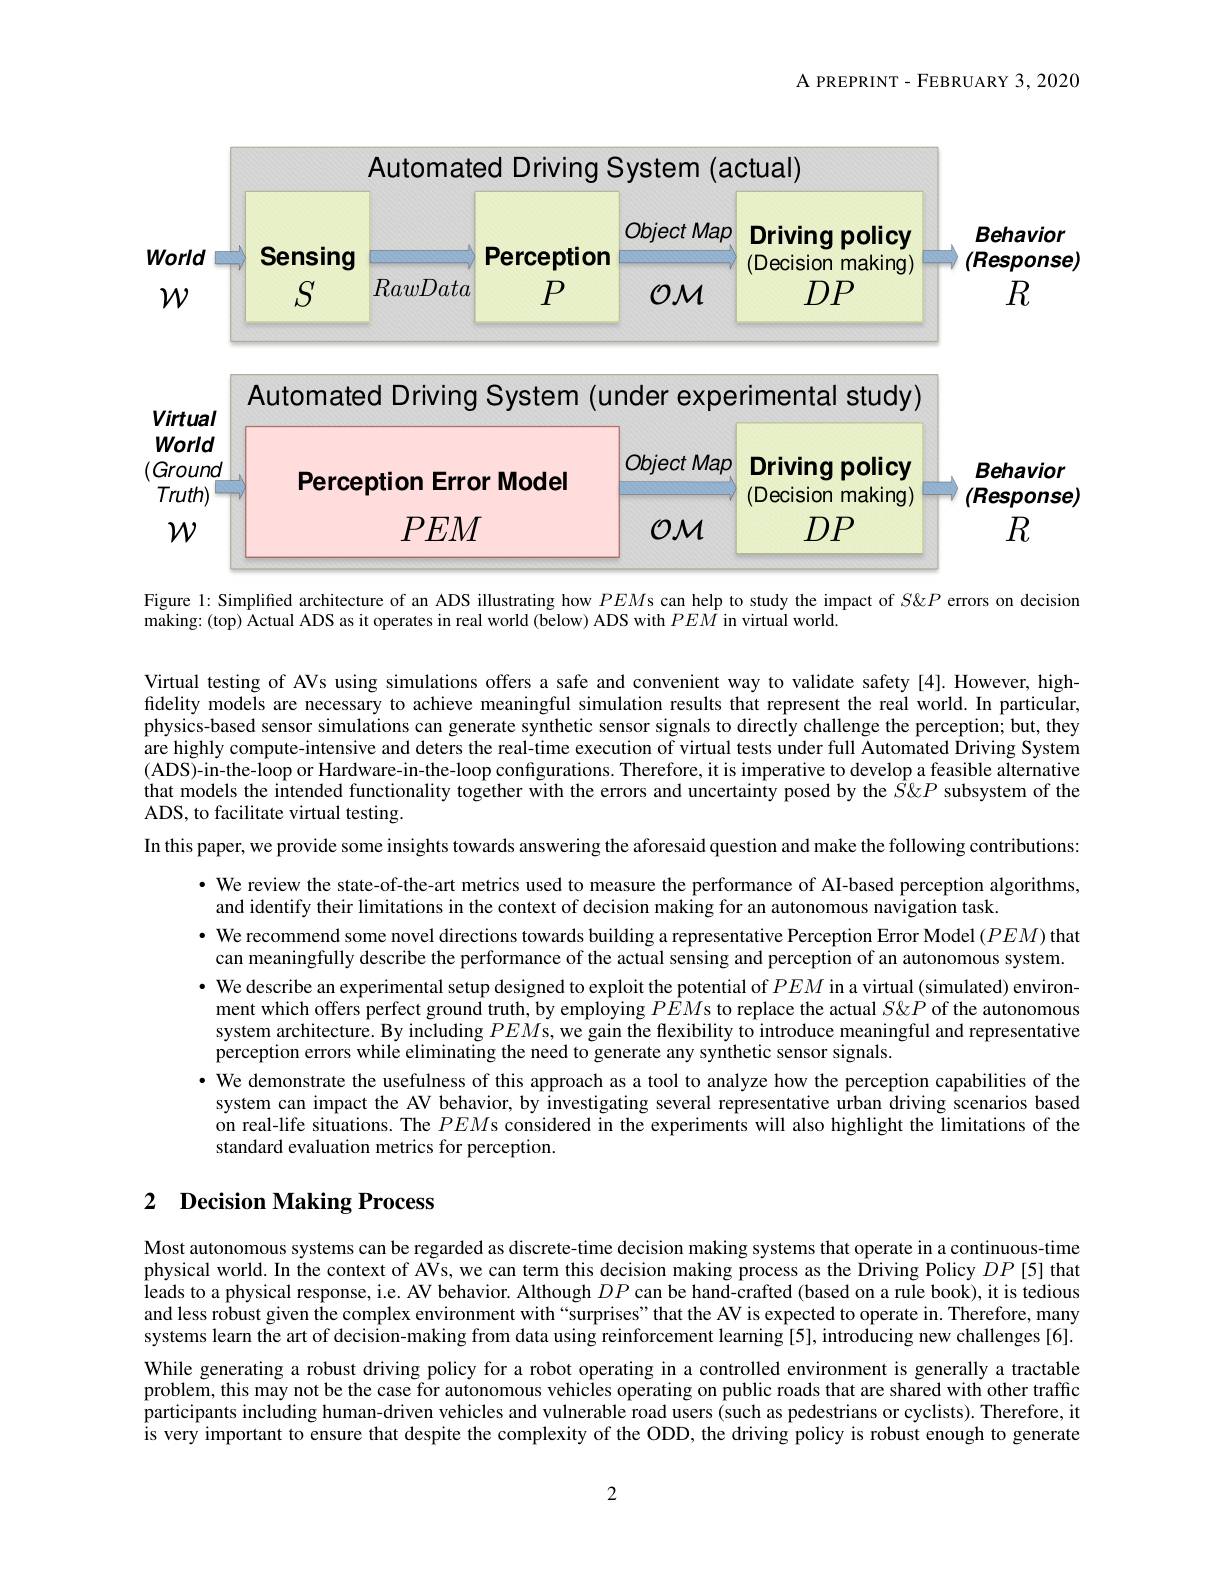
A PREPRINT- FEBRUARY 3,2020

<FigureHere>

Figure 1: Simplified architecture of an ADS illustrating how $PEM$s can help to study the impact of $S\&P$ errors on decision

making: (top) Actual ADS as it operates in real world (below) ADS with $PEM$ in virtual world.

Virtual testing of AVs using simulations offers a safe and convenient way to validate safety [4].However, highfidelity models are necessary to achieve meaningful simulation results that represent the real world. In particular, physics-based sensor simulations can generate synthetic sensor signals to directly challenge the perception; but, they are highly compute-intensive and deters the real-time execution of virtual tests under full Automated $\hat{\text{Driving System}}$ (ADS)-in-the-loop or Hardware-in-the-loop configurations. Therefore, it is imperative to develop a feasible alternative that models the intended functionality together with the errors and uncertainty posed by the $\hat{S}\&P$ subsystem of the ADS, to facilitate virtual testing.
In this paper, we provide some insights towards answering the aforesaid question and make the following contributions:
· We review the state-of-the-art metrics used to measure the performance of AI-based perception algorithms,
and identify their limitations in the context of decision making for an autonomous navigation task.
· We recommend some novel directions towards building a representative Perception Error Model $(PEM)$ that
can meaningfully describe the performance of the actual sensing and perception of an autonomous system. · We describe an experimental setup designed to exploit the potential of $PEM$ in a virtual (simulated) environ-
ment which offers perfect ground truth, by employing $PEM$s to replace the actual $S\&P$ of the autonomous system architecture. By including $PEM$s, we gain the flexibility to introduce meaningful and representative perception errors while eliminating the need to generate any synthetic sensor signals.
· We demonstrate the usefulness of this approach as a tool to analyze how the perception capabilities of the
system can impact the AV behavior, by investigating several representative urban driving scenarios based on real-life situations. The $PEM$s considered in the experiments will also highlight the limitations of the standard evaluation metrics for perception.

## 2 $\textbf{Decision Making Process}$

Most autonomous systems can be regarded as discrete-time decision making systems that operate in a continuous-time physical world. In the context of AVs, we can term this decision making process as the $\hat{\text{Driving Policy}}DP$ [5] that leads to a physical response, i.e. AV behavior. Although $DP$ can be hand-crafted (based on a rule book), it is tedious and less robust given the complex environment with “surprises”that the AV is expected to operate in. Therefore, many systems learn the art of decision-making from data using reinforcement learning [5], introducing new challenges [6]. While generating a robust driving policy for a robot operating in a controlled environment is generally a tractable problem, this may not be the case for autonomous vehicles operating on public roads that are shared with other traffic participants including human-driven vehicles and vulnerable road users (such as pedestrians or cyclists). Therefore, it is very important to ensure that despite the complexity of the ODD, the driving policy is robust enough to generate

2